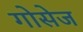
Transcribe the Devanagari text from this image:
गोसेज